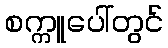
စက္ကူပေါ်တွင်